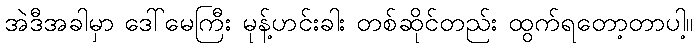
အဲဒီအခါမှာ ဒေါ်မေကြီး မုန့်ဟင်းခါး တစ်ဆိုင်တည်း ထွက်ရတော့တာပါ့။